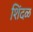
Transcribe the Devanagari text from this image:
शिंदळ